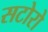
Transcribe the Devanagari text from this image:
सटोरो